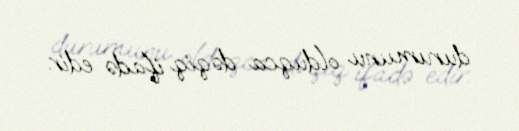
durumunu olduqca dəqiq ifadə edir.